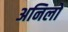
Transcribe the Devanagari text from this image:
अनिलो